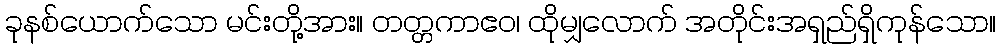
ခုနစ်ယောက်သော မင်းတို့အား။ တတ္တကာဧဝ၊ ထိုမျှလောက် အတိုင်းအရှည်ရှိကုန်သော။